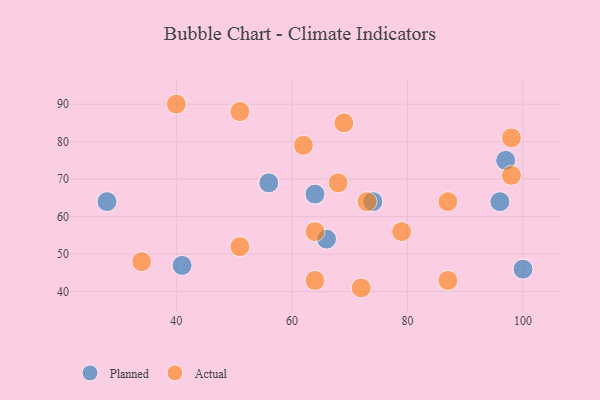
{"axis": {"x": "GDP", "y": "Life Expectancy"}, "legend": ["Actual", "Planned"], "data": [{"x": "66", "y": 54, "type": "Planned"}, {"x": "64", "y": 66, "type": "Planned"}, {"x": "56", "y": 69, "type": "Planned"}, {"x": "41", "y": 47, "type": "Planned"}, {"x": "28", "y": 64, "type": "Planned"}, {"x": "100", "y": 46, "type": "Planned"}, {"x": "97", "y": 75, "type": "Planned"}, {"x": "74", "y": 64, "type": "Planned"}, {"x": "96", "y": 64, "type": "Planned"}, {"x": "64", "y": 56, "type": "Actual"}, {"x": "73", "y": 64, "type": "Actual"}, {"x": "98", "y": 71, "type": "Actual"}, {"x": "64", "y": 43, "type": "Actual"}, {"x": "87", "y": 64, "type": "Actual"}, {"x": "51", "y": 88, "type": "Actual"}, {"x": "51", "y": 52, "type": "Actual"}, {"x": "62", "y": 79, "type": "Actual"}, {"x": "68", "y": 69, "type": "Actual"}, {"x": "34", "y": 48, "type": "Actual"}, {"x": "87", "y": 43, "type": "Actual"}, {"x": "40", "y": 90, "type": "Actual"}, {"x": "72", "y": 41, "type": "Actual"}, {"x": "69", "y": 85, "type": "Actual"}, {"x": "79", "y": 56, "type": "Actual"}, {"x": "98", "y": 81, "type": "Actual"}]}